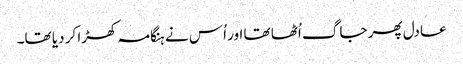
عادل پھر جاگ اُٹھا تھا اور اُس نے ہنگامہ کھڑا کر دیا تھا۔